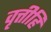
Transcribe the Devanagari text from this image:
वृत्तीहि